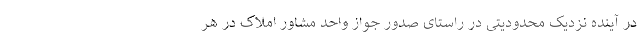
در آینده نزدیک محدودیتی در راستای صدور جواز واحد مشاور املاک در هر